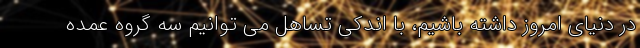
در دنیای امروز داشته باشیم، با اندکی تساهل می توانیم سه گروه عمده